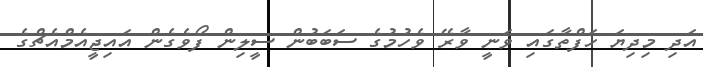
އަދި މިދިޔަ ހަފްތާގައި ވަނީ ވާރޭ ވެހުމުގެ ސަބަބުން ސީލިން ފޯވެގެން އައިޖީއެމްއެޗްގެ